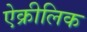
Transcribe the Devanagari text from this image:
ऐक्रीलिक